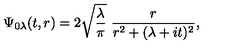
\Psi _ { 0 \lambda } ( t , r ) = 2 \sqrt { \frac { \lambda } { \pi } } \ \frac { r } { r ^ { 2 } + ( \lambda + i t ) ^ { 2 } } ,